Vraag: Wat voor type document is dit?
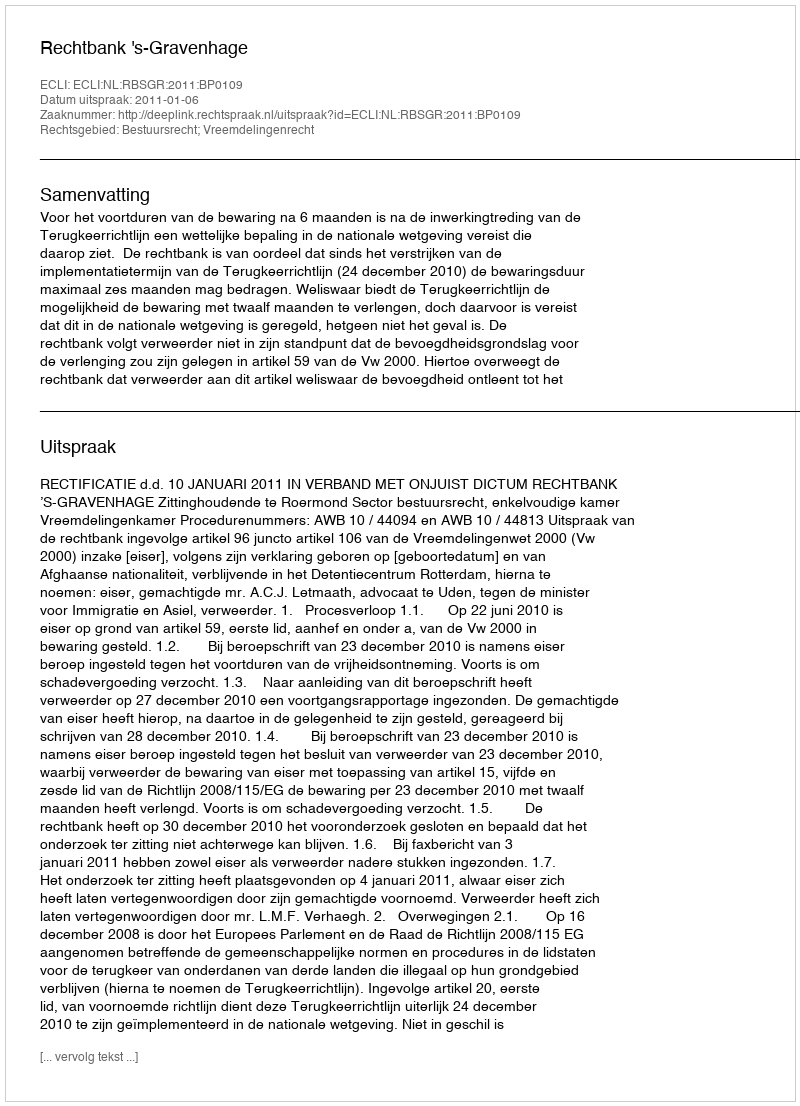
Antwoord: Uitspraak